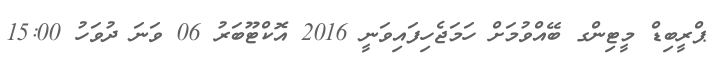
ޕްރީބިޑް މީޓިންގ ބޭއްވުމަށް ހަމަޖެހިފައިވަނީ 2016 އޮކްޓޫބަރު 06 ވަނަ ދުވަހު 15:00